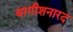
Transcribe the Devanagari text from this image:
वागीशनारद